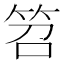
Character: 笤